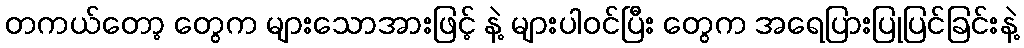
တကယ်တော့ တွေက များသောအားဖြင့် နဲ့ များပါဝင်ပြီး တွေက အရေပြားပြုပြင်ခြင်းနဲ့